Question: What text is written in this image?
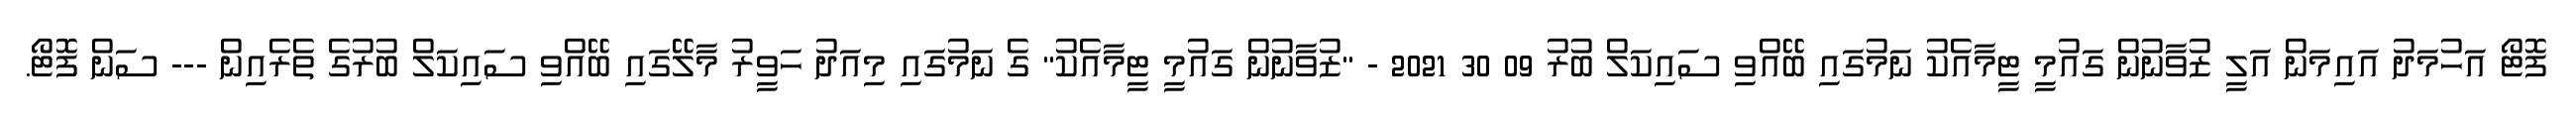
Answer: ފޮޓޯ އަހުމަދު އައިމަން އަލީ ޒުވާނުން ގައުމީ ޓީމާއެކު ނަމުގައި ބޭއްވި ސައިކަލް ބުރު 09 30 2021 - "ޒުވާނުން ގައުމީ ޓީމާއެކު" ގެ ނަމުގައި މިއަދު ހަވީރު މާލޭގައި ބޭއްވި ސައިކަލް ބުރުގެ ތެރެއިން --- ސަން ފޮޓޯ.